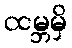
ထမ္ဘမှိ